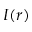
I ( r )